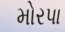
મોરપા